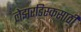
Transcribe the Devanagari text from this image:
लेझरडिस्कसाठी